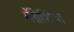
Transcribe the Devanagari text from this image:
मॅग्नेशिया